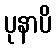
ပုနာပိ